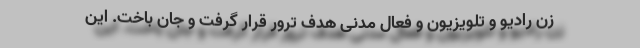
زن رادیو و تلویزیون و فعال مدنی هدف ترور قرار گرفت و جان باخت. این